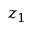
z _ { 1 }